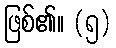
ဖြစ်၏။ (၅)